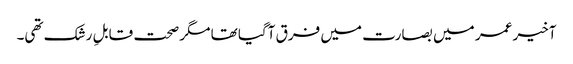
آخیر عمر میں بصارت میں فرق آگیا تھا مگر صحت قابلِ رشک تھی۔